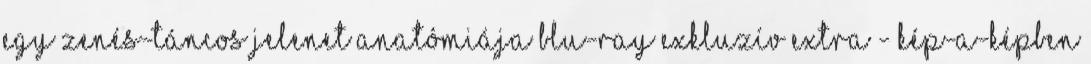
Egy zenés-táncos jelenet anatómiája Blu-ray exkluzív extra - Kép-a-képben